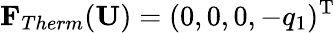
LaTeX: \mathbf{F}_{Therm}(\mathbf{U})=(0,0,0,-q_{1})^{\mathrm{T}}